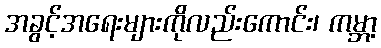
အခွင့်အရေးများကိုလည်းကောင်း၊ ကမ္ဘာ့